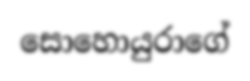
සොහොයුරාගේ